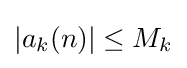
|a_{k}(n)|\leq M_{k}